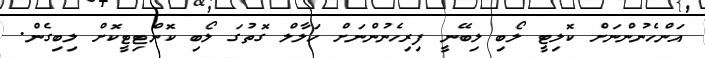
އަންހެނުންނަށް ކޮލިޓީ ލޯބި ލިބޭނީ ފިރިހެނުންނަށް ހަލާލް ގޮތުގަ ލޯބި ކޮންޓިޓީކޮށް ލިބިގެން.